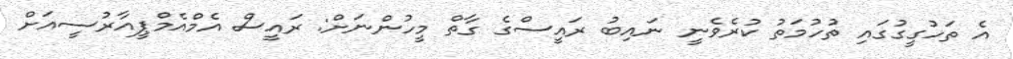
އެ ތަހުގީގުގައި ތުހުމަތު ކުރެވެނީ ނައިބު ރައީސްގެ ގާތް މީހުންނަށް: ރައީސް އެމްއެމްޕީއާރުސީއަށް